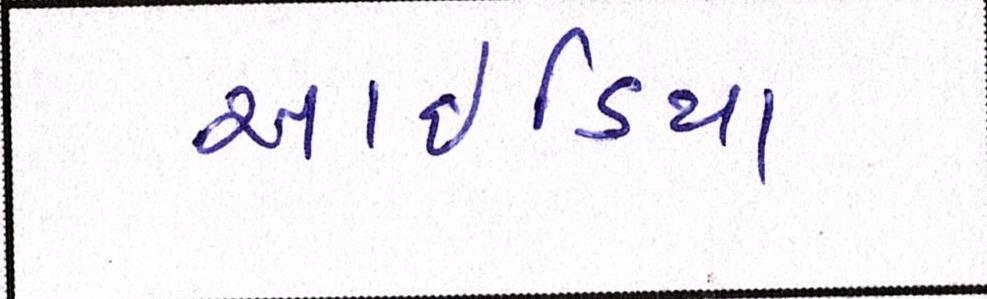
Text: આઇડિયા